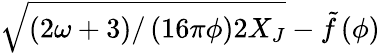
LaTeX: \sqrt{\left({2\omega+3}\right)/\left({16\pi\phi}\right)2X_{J}}-\tilde{f}\left(\phi\right)